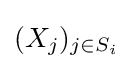
(X_{j})_{j\in S_{i}}